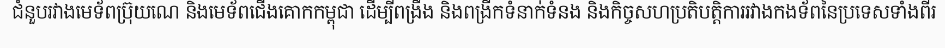
ជំនួបរវាងមេទ័ពប្រ៊ុយណេ និងមេទ័ពជើងគោកកម្ពុជា ដើម្បីពង្រឹង និងពង្រីកទំនាក់ទំនង និងកិច្ចសហប្រតិបត្តិការរវាងកងទ័ពនៃប្រទេសទាំងពីរ